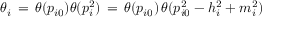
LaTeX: \theta _ { i } \, = \, \theta ( p _ { i 0 } ) \theta ( p _ { i } ^ { 2 } ) \, = \, \theta ( p _ { i 0 } ) \, \theta ( p _ { i 0 } ^ { 2 } - h _ { i } ^ { 2 } + m _ { i } ^ { 2 } )